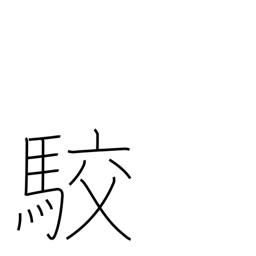
Meaning: spots